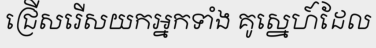
ជ្រើសរើសយកអ្នកទាំង គូស្នេហ៍ដែល